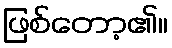
ဖြစ်တော့၏။